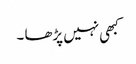
کبھی نہیں پڑھا ۔